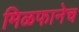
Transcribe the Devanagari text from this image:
मिळफानेच